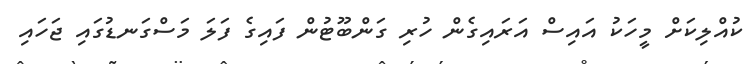
ކުއްލިކަށް މީހަކު އައިސް އަރައިގެން ހުރި ގަންބޫޓުން ފައިގެ ފަލަ މަސްގަނޑުގައި ޖަހައި